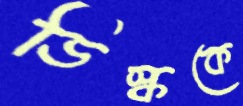
ডিস্ককে